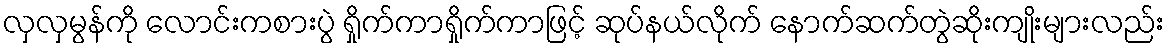
လှလှမွန်ကို လောင်းကစားပွဲ ရှိုက်ကာရှိုက်ကာဖြင့် ဆုပ်နယ်လိုက် နောက်ဆက်တွဲဆိုးကျိုးများလည်း